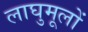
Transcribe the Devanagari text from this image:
लाघुमूलों